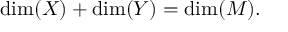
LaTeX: \mathrm { d i m } ( X ) + \mathrm { d i m } ( Y ) = \mathrm { d i m } ( M ) .